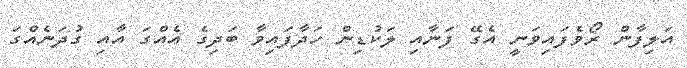
އަލިފާން ރޯވެފައިވަނީ އެގޭ ފަނާއި ލަކުޑިން ހަދާފައިވާ ބަދިގެ އެއްގަ އާއި ގުދަނެއްގަ